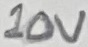
Text: 10V